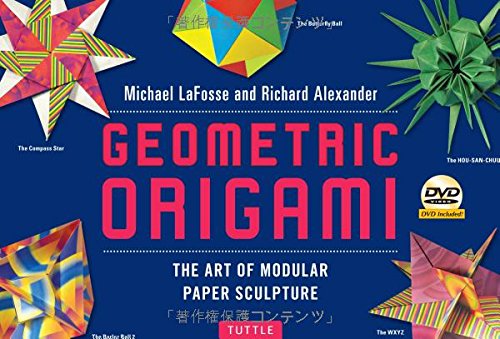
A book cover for Geometric Origami Kit: The Art of Modular Paper Sculpture [Origami Kit with Book, 48 Papers, & DVD]; Michael G. LaFosse; Humor & Entertainment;